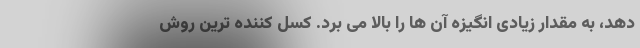
دهد، به مقدار زیادی انگیزه آن ها را بالا می برد. کسل کننده ترین روش